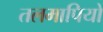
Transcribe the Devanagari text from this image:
तलमापियों